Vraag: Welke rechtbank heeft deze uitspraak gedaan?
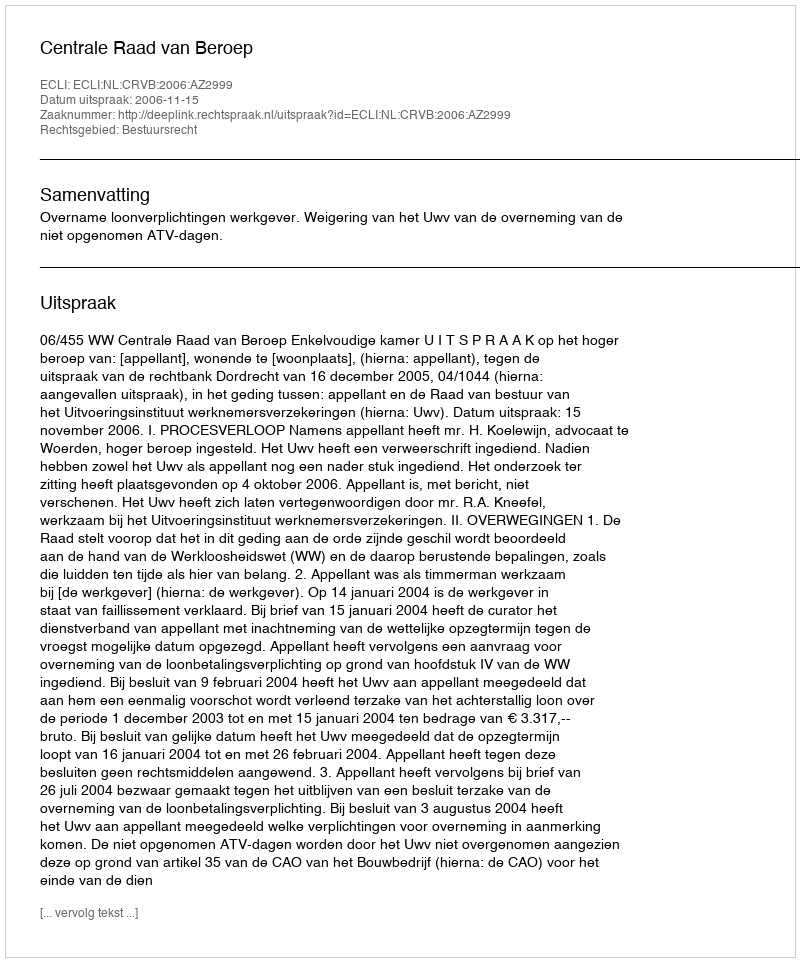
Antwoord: Centrale Raad van Beroep